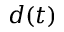
d ( t )